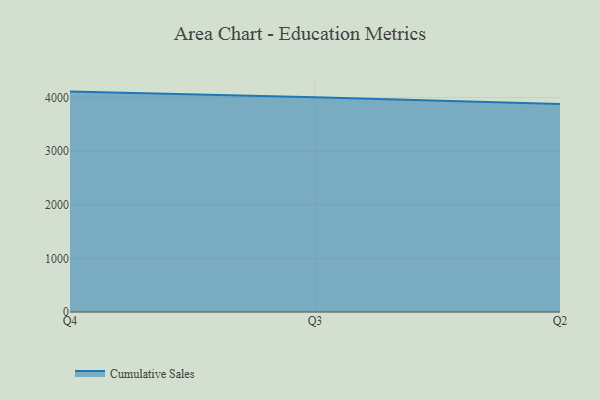
{"axis": {"x": "Quarter", "y": "Active Users"}, "legend": ["Cumulative Sales"], "data": [{"x": "Q4", "y": 4111.3, "type": "Cumulative Sales"}, {"x": "Q3", "y": 4006.6, "type": "Cumulative Sales"}, {"x": "Q2", "y": 3878.1, "type": "Cumulative Sales"}]}